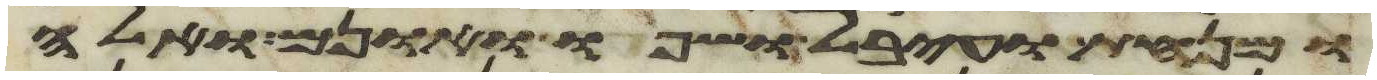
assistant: ומנחת ועיבל שפו ואונם ואלה